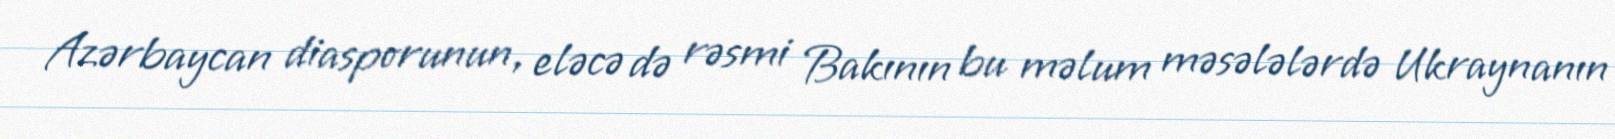
Azərbaycan diasporunun, eləcə də rəsmi Bakının bu məlum məsələlərdə Ukraynanın